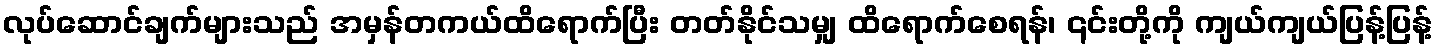
လုပ်ဆောင်ချက်များသည် အမှန်တကယ်ထိရောက်ပြီး တတ်နိုင်သမျှ ထိရောက်စေရန်၊ ၎င်းတို့ကို ကျယ်ကျယ်ပြန့်ပြန့်